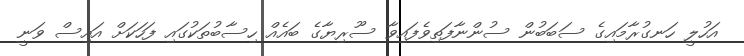
އަހުލީ ހަނގުރާމައިގެ ސަބަބުން ސުންނާފަތިވެފައިވާ ސޫރިޔާގެ ބައެއް ހިސާބުތަކުގައި ފަހަކަށް އައިސް ވަނީ